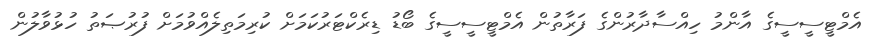
އެމްޓީސީސީގެ އާންމު ހިއްސާދާރުންގެ ފަރާތުން އެމްޓީސީސީގެ ބޯޑު ޑިރެކްޓަރުކަމަށް ކުރިމަތިލެއްވުމަށް ފުރުޞަތު ހުޅުވާލުން